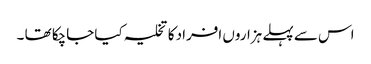
اس سے پہلے ہزاروں افراد کا تخلیہ کیا جاچکا تھا ۔